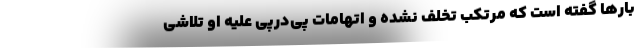
بارها گفته است که مرتکب تخلف نشده و اتهامات پی‌درپی علیه او تلاشی